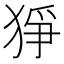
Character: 猙